Civil Veterinary Department Bengal reports 1933-51 - 1933-1951
Year: 1933
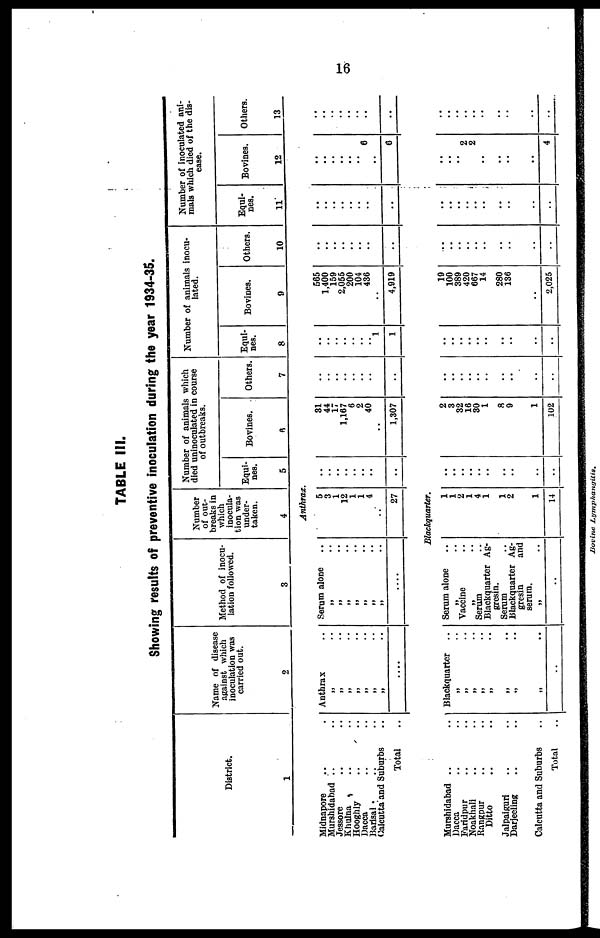
16
TABLE III.
Showing results of preventive inoculation during the year 1934-35.
District.
1
Midnapore .. .
Murshidahad .. ..
Jessore .. ..
Khulna .. ..
Hooghly .. ..
Dacca .. ..
Barisal .. ..
Calcutta and Suburbs ..
Total ..
Name of disease
against which
inoculation was
carried out.
2
Anthrax
„ ..
„ ..
„ ..
„ ..
„ ..
„ .. „ ..
....
Method of inocu-
lation followed.
3
Serum alone
„ ..
„ .. „ ..
„ ..
„ ..
„ .. „ ..
....
Number
of out-
breaks in
which
inocula-
tion was
under-
taken.
4
Number of animals which
died uninoculated in course
of outbreaks.
Equi-
nes.
5
Anthrax.
5
3
1
12
1
1
4
27
..
..
..
..
..
..
..
Bovines.
6
81
44
17
1,167
6
2
40
1,307
Others.
7
..
..
..
..
..
..
..
..
Number of animals inocu-
lated.
Equi-
nes.
8
..
..
..
..
..
..
1
1
Bovines.
9
565
1,400
159
2,055
200
104
436
4,919
Others.
10
..
..
..
..
..
..
..
..
Number of inoculated ani-
mals which died of the dis-
ease.
Equi-
nes.
11
..
..
..
..
..
..
..
..
Bovines.
12
..
..
.. ..
..
.. 6
6
Others.
13
..
..
..
..
..
..
..
..
Blackquarter.
Murshidabad .. ..
Dacca .. ..
Faridpur .. ..
Noakhali .. ..
Rangpur .. ..
Ditto .. ..
Jolpaiguri .. ..
Darjeeling .. ..
Calcutta and Suburbs ..
Total ..
Blackquarter ..
„ ..
„ ..
„ ..
„ .. „ ..
„ ..
„ ..
„ ..
..
Serum alone ..
Vaccine..
Serum ..
Blackquarter Ag-
gresin.
Serum ..
Blackquarter Ag-
gresin and
serum.
„ ..
..
1
1
2
1
4
1
1
2
1
14
..
..
..
..
..
..
..
..
..
..
2
3
32
16
30
1
8
9
1
102
..
..
..
..
..
..
..
..
..
..
..
..
..
..
..
..
..
..
..
19
100
389
420
667
14
280
136
..
2,025
..
..
..
..
..
..
..
..
..
..
..
..
..
..
..
..
..
..
..
..
..
..
.. 2
2
..
..
..
..
4
..
..
..
..
..
..
..
..
..
..